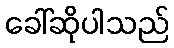
ခေါ်ဆိုပါသည်